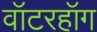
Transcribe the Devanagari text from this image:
वॉटरहॉग